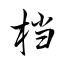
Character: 档